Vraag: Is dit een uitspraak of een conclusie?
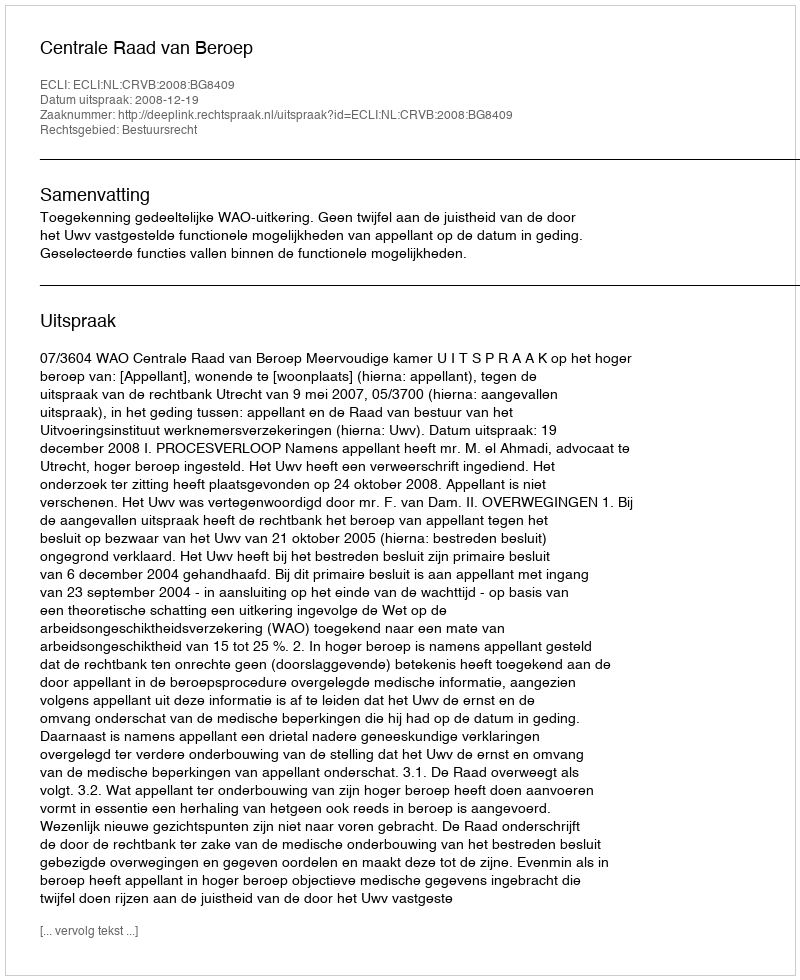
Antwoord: Uitspraak